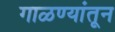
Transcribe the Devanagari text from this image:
गाळण्यांतून